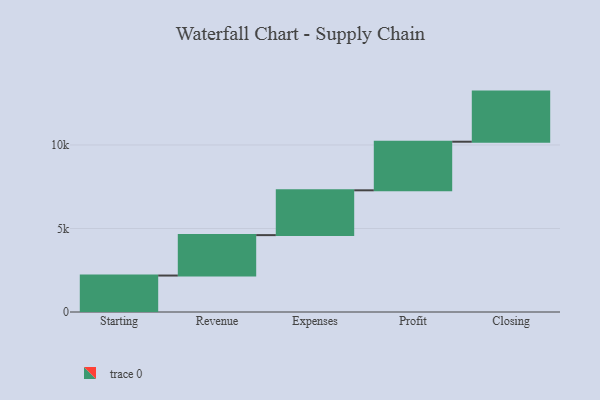
{"axis": {"x": "Step", "y": "Value"}, "legend": [""], "data": [{"x": "Starting", "y": 2183.0, "type": ""}, {"x": "Revenue", "y": 2420.0, "type": ""}, {"x": "Expenses", "y": 2683.0, "type": ""}, {"x": "Profit", "y": 2910.0, "type": ""}, {"x": "Closing", "y": 3000, "type": ""}]}